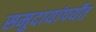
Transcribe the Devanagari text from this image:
समुदायांपर्यंत